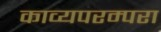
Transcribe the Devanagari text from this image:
काव्यपरम्परा